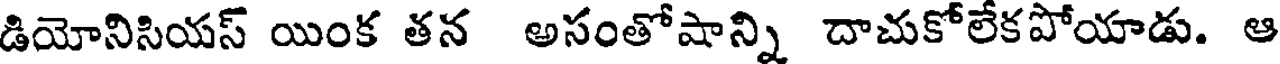
డియోనిసియస్ యింక తన అసంతోషాన్ని దాచుకోలేకపోయాడు. ఆ